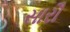
સારૌ